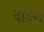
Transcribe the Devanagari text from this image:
चाउंग